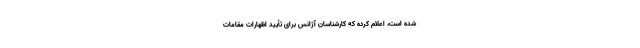
شده است، اعلام کرده که کارشناسان آژانس برای تأیید اظهارات مقامات